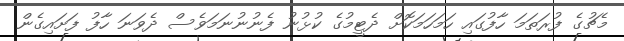
މެޗުގެ ފުރަތަމަ ހާފުގައި ހަމަހަމަކޮށް ދެޓީމުގެ ކުޅުނު ފެނުނުނަމަވެސް ދެވަނަ ހާފު ފަށައިގެން